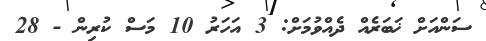
ސަންއަށް ޚަބަރެއް ދެއްވުމަށް: 3 އަހަރު 10 މަސް ކުރިން - 28